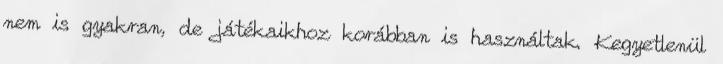
nem is gyakran, de játékaikhoz korábban is használtak. Kegyetlenül